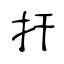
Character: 扞